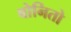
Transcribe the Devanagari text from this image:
बोनितो